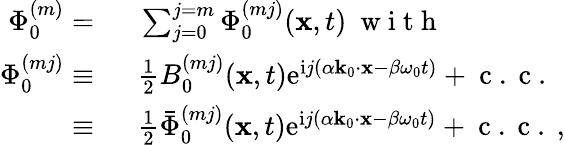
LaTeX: \begin{array}{rl}{\Phi_{0}^{(m)}=~}&{{}\sum_{j=0}^{j=m}\Phi_{0}^{(mj)}(\mathbf{x},t)~\mathrm{~w~i~t~h~}~}\\ {\Phi_{0}^{(mj)}\equiv~}&{{}\frac{1}{2}B_{0}^{(mj)}(\mathbf{x},t)\mathrm{e}^{\mathrm{i}j(\alpha\mathbf{k}_{0}\cdot\mathbf{x}-\beta\omega_{0}t)}+\mathrm{~c~.~c~.~}}\\ {\equiv~}&{{}\frac{1}{2}\bar{\Phi}_{0}^{(mj)}(\mathbf{x},t)\mathrm{e}^{\mathrm{i}j(\alpha\mathbf{k}_{0}\cdot\mathbf{x}-\beta\omega_{0}t)}+\mathrm{~c~.~c~.~},}\end{array}